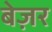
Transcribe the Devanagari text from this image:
बेज़र